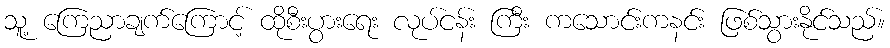
သူ့ ကြေညာချက်ကြောင့် ထိုစီးပွားရေး လုပ်ငန်း ကြီး ကသောင်းကနင်း ဖြစ်သွားနိုင်သည်။